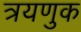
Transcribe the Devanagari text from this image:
त्रयणुक